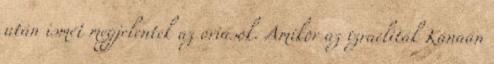
után ismét megjelentek az óriások. Amikor az izraeliták Kánaán